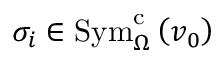
\sigma _ { i } \in \mathrm { S y m } _ { \Omega } ^ { \mathrm { c } } \left( v _ { 0 } \right)